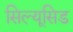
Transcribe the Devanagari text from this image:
सिल्यूसिड